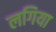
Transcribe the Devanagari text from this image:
लगिया